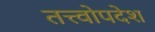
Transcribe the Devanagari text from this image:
तत्त्वोपदेश